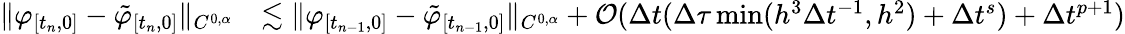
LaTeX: \begin{array}{rl}{\lVert\varphi_{[t_{n},0]}-\tilde{\varphi}_{[t_{n},0]}\rVert_{C^{0,\alpha}}}&{\lesssim\lVert\varphi_{[t_{n-1},0]}-\tilde{\varphi}_{[t_{n-1},0]}\rVert_{C^{0,\alpha}}+\mathcal{O}(\Delta t(\Delta\tau\operatorname*{min}(h^{3}\Delta t^{-1},h^{2})+\Delta t^{s})+\Delta t^{p+1})}\end{array}